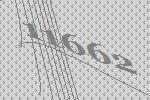
11662